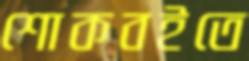
শোকবইতে